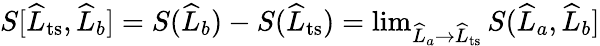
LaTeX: \begin{array}{r}{S[\widehat{L}_{\mathrm{ts}},\widehat{L}_{b}]=S(\widehat{L}_{b})-S(\widehat{L}_{\mathrm{ts}})=\operatorname*{lim}_{\widehat{L}_{a}\to\widehat{L}_{\mathrm{ts}}}S(\widehat{L}_{a},\widehat{L}_{b}]}\end{array}